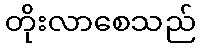
တိုးလာစေသည်